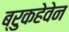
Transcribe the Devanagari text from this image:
ब्रुकहेवेन